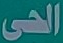
الحى